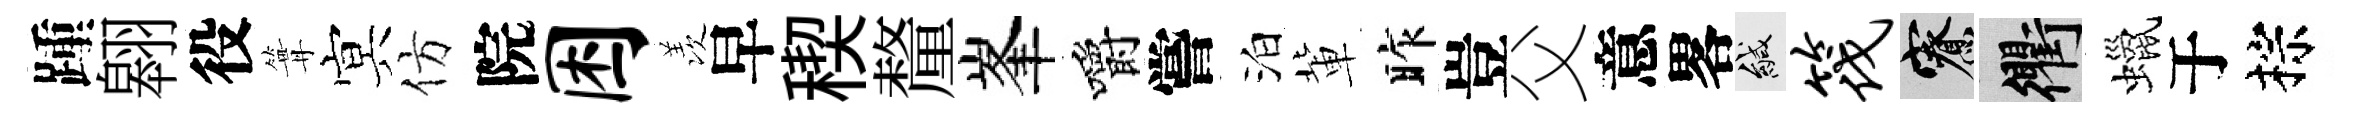
踵翱役篝㝠仿院困羡早稧釐峯嚼嘗泊軰昨豈父意畧緘筏寮衢蠟于棕